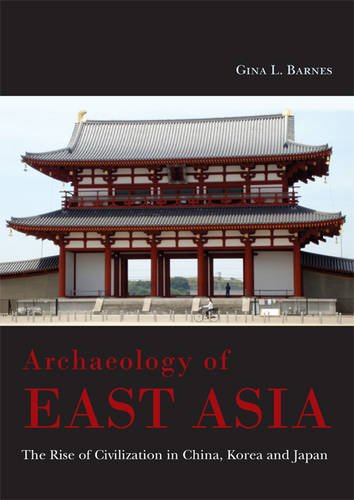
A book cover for Archaeology of East Asia: The Rise of Civilization in China, Korea and Japan; Gina L. Barnes; History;